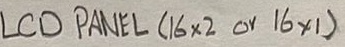
Text: LCD PANEL (16x2 or 16x1)